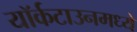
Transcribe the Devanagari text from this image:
यॉर्कटाउनमध्ये